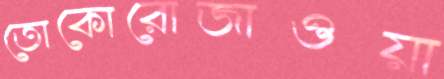
তোকোরোজাওয়া